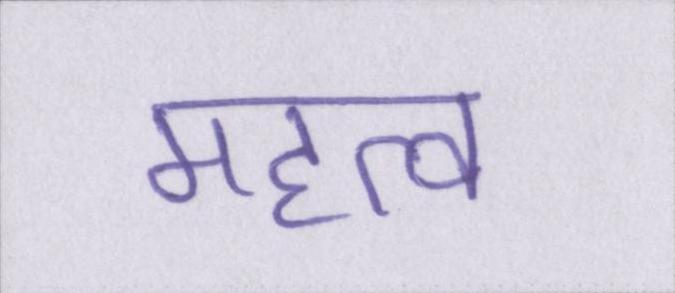
महत्व